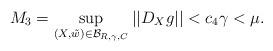
LaTeX: \begin{align*}M_3=\sup_{(X, \tilde w) \in {\mathcal B}_{R, \gamma, C}} ||D_{X} g|| < c_4\gamma < \mu.\end{align*}